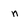
Character: n